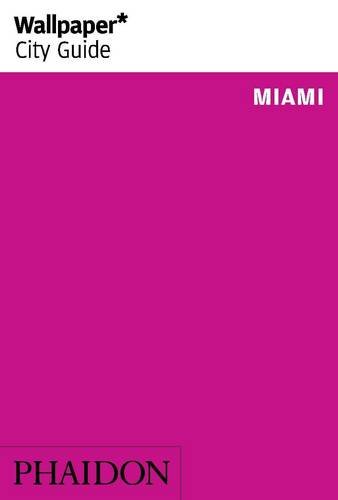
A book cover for Wallpaper* City Guide Miami 2015 (Wallpaper City Guides); Linda Lee; Travel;